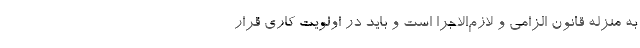
به منزله قانون الزامی و لازم‌الاجرا است و باید در اولویت کاری قرار